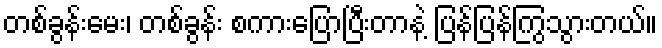
တစ်ခွန်းမေး၊ တစ်ခွန်း စကားပြောပြီးတာနဲ့ ပြန်ပြန်ကြွသွားတယ်။